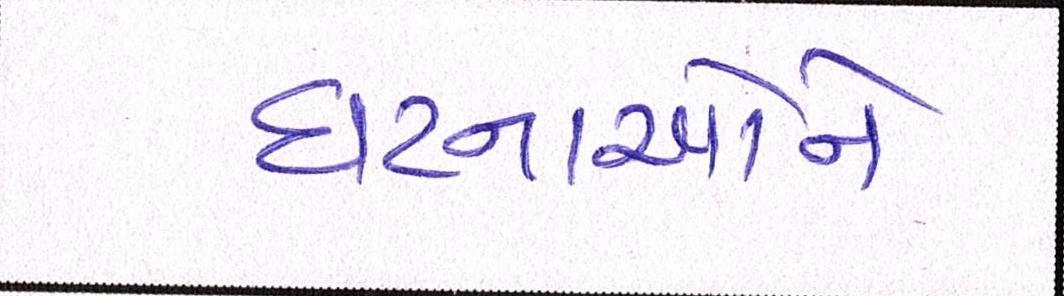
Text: ઘટનાઓને